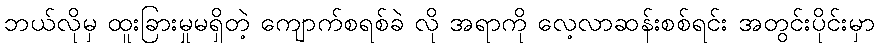
ဘယ်လိုမှ ထူးခြားမှုမရှိတဲ့ ကျောက်စရစ်ခဲ လို အရာကို လေ့လာဆန်းစစ်ရင်း အတွင်းပိုင်းမှာ